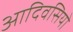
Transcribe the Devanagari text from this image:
आदिवसियो